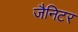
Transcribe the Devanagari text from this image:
जैनिटर